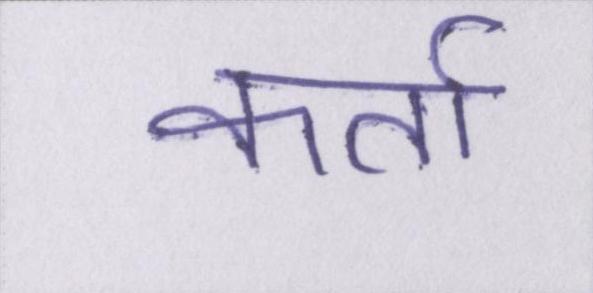
कर्ता